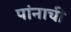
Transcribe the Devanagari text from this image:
पांनाची